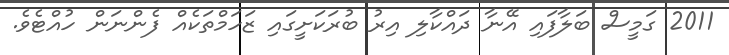
2011 ގަމީސް ބަލާފައި އޭނާ ދައްކާލި އިރު ބުރަކަށީގައި ޒަހަމްތަކެއް ފެންނަން ހުއްޓެވެ.